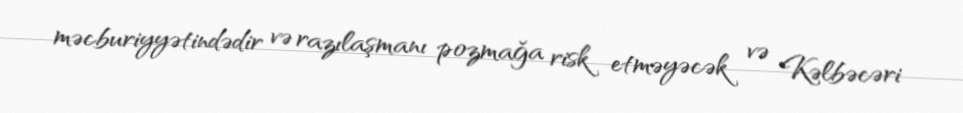
məcburiyyətindədir və razılaşmanı pozmağa risk etməyəcək və Kəlbəcəri